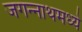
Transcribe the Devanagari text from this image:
जगन्‍नाथमध्ये